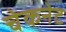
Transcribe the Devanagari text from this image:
चेकनेट